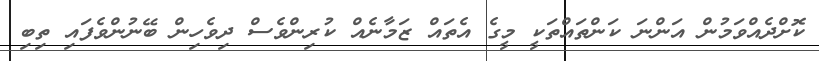
ކޮށްދެއްވަމުން އަންނަ ކަންތައްތަކީ މީގެ އެތައް ޒަމާނެއް ކުރިންވެސް ދިވެހިން ބޭނުންވެފައި ތިބި